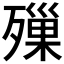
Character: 𣩓